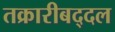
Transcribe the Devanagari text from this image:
तक्रारीबद्दल